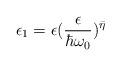
LaTeX: \begin{align*}\epsilon_{1} = \epsilon (\frac{\epsilon}{\hbar\omega_{0}})^{\bar{\eta}}\end{align*}